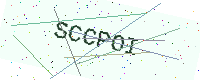
Text: SCCPOI